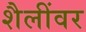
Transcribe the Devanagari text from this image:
शैलींवर